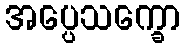
အပ္ပေသက္ခော